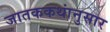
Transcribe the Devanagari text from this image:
जातककथांनुसार